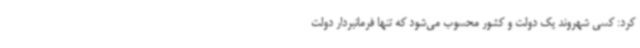
کرد: کسی شهروند یک دولت و کشور محسوب می‌شود که تنها فرمانبردار دولت